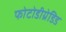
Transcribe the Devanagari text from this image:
फोटोडीग्रेडिड